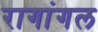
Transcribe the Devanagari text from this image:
रागांगल